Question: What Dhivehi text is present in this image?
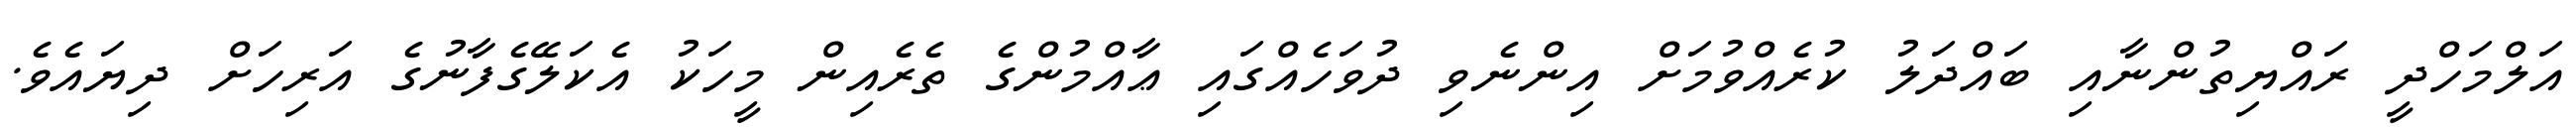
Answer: އަލްމަހްދީ ރައްޔިތުންނާއި ބައްދަލު ކުރެއްވުމަށް އިންނެވި ދުވަހެއްގައި ޢާއްމުންގެ ތެރެއިން މީހަކު އެކަލޭގެފާނުގެ އަރިހަށް ދިޔައެވެ.